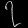
Digit: ၇